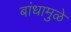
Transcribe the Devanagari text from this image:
बांधामुळे